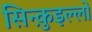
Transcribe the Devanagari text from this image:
सिन्क़ुइल्लो